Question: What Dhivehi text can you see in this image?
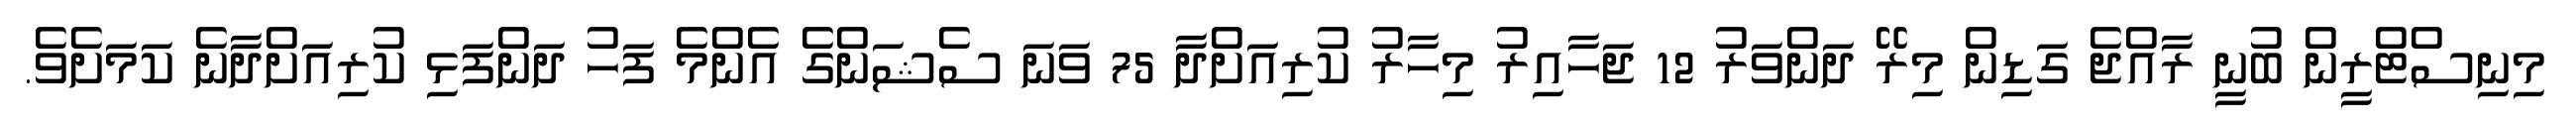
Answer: މިނިސްޓްރީން ބުނީ ރާއްޖެ ގަޑިން މިރޭ ދަންވަރު 12 ޖަހާއިރު މިހާރު ކުރިއަށްދާ 75 ވަނަ ސެޝަންގެ އެންމެ ފަހު ދަންފަޅި ކުރިއަށްދާނެ ކަމަށެވެ.